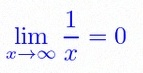
\lim_{x\to\infty}\frac{1}{x}=0